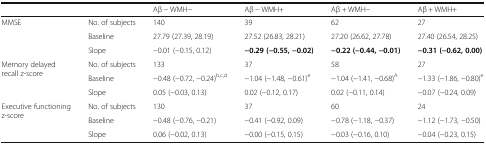
<table><thead><tr><td></td><td></td><td><b>Aβ − WMH−</b></td><td><b>Aβ − WMH+</b></td><td><b>Aβ + WMH−</b></td><td><b>Aβ + WMH+</b></td></tr></thead><tbody><tr><td rowspan="3">MMSE</td><td>No. of subjects</td><td>140</td><td>39</td><td>62</td><td>27</td></tr><tr><td>Baseline</td><td>27.79 (27.39, 28.19)</td><td>27.52 (26.83, 28.21)</td><td>27.20 (26.62, 27.78)</td><td>27.40 (26.54, 28.25)</td></tr><tr><td>Slope</td><td>−0.01 (−0.15, 0.12)</td><td><b>−0.29 (−0.55, −0.02)</b></td><td><b>−0.22 (−0.44, −0.01)</b></td><td><b>−0.31 (−0.62, 0.00)</b></td></tr><tr><td rowspan="3">Memory delayed recall z-score</td><td>No. of subjects</td><td>133</td><td>37</td><td>58</td><td>27</td></tr><tr><td>Baseline</td><td>−0.48 (−0.72, −0.24)<sup>b,c,d</sup></td><td>−1.04 (−1.48, −0.61)<sup>e</sup></td><td>−1.04 (−1.41, −0.68)<sup>A</sup></td><td>−1.33 (−1.86, −0.80)<sup>e</sup></td></tr><tr><td>Slope</td><td>0.05 (−0.03, 0.13)</td><td>0.02 (−0.12, 0.17)</td><td>0.02 (−0.11, 0.14)</td><td>−0.07 (−0.24, 0.09)</td></tr><tr><td rowspan="3">Executive functioning z-score</td><td>No. of subjects</td><td>130</td><td>37</td><td>60</td><td>24</td></tr><tr><td>Baseline</td><td>−0.48 (−0.76, −0.21)</td><td>−0.41 (−0.92, 0.09)</td><td>−0.78 (−1.18, −0.37)</td><td>−1.12 (−1.73, −0.50)</td></tr><tr><td>Slope</td><td>0.06 (−0.02, 0.13)</td><td>−0.00 (−0.15, 0.15)</td><td>−0.03 (−0.16, 0.10)</td><td>−0.04 (−0.23, 0.15)</td></tr></tbody></table>